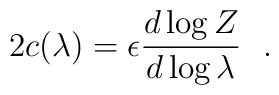
2c(\lambda)=\epsilon{d\log Z\over d\log\lambda}~~.